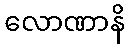
လောဏာနိ